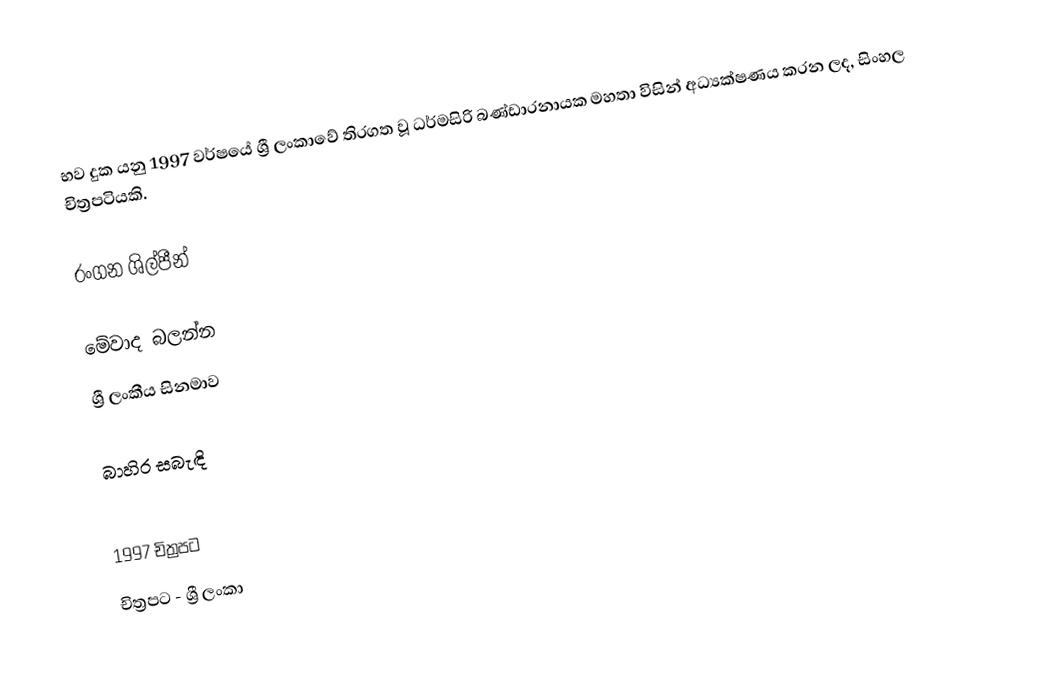
භව දුක යනු 1997 වර්ෂයේ ශ්‍රී ලංකාවේ තිරගත වූ ධර්මසිරි බණ්ඩාරනායක මහතා විසින් අධ්‍යක්ෂණය කරන ලද, සිංහල චිත්‍රපටියකි.

රංගන ශිල්පීන්

මේවාද බලන්න
ශ්‍රී ලංකීය සිනමාව

බාහිර සබැඳි

1997 චිත්‍රපට
චිත්‍රපට - ශ්‍රී ලංකා